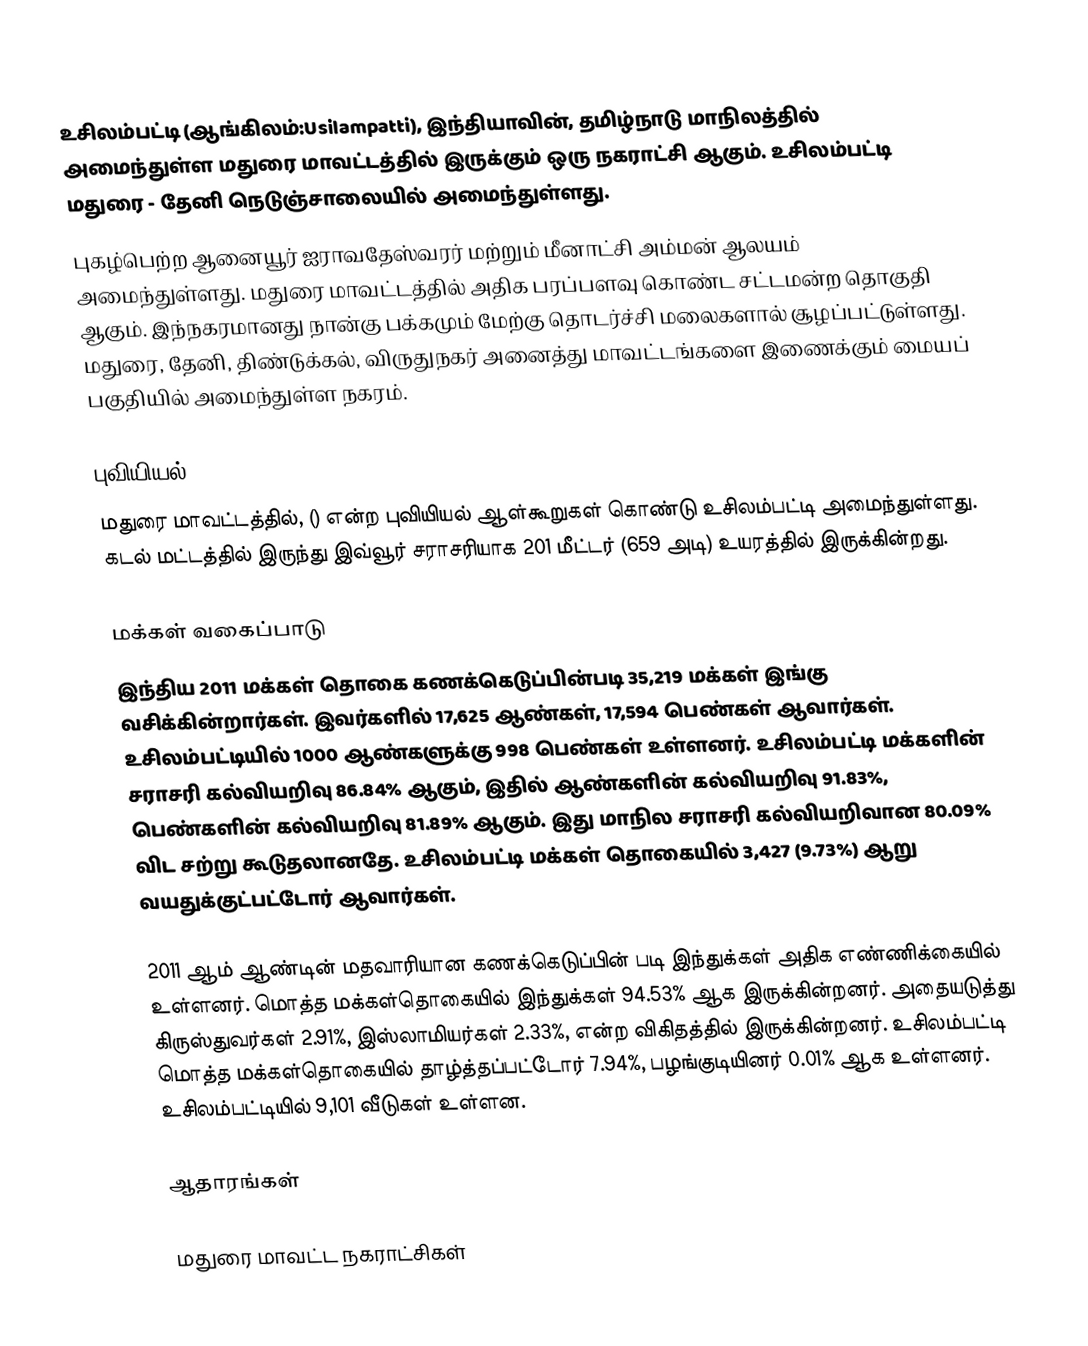
உசிலம்பட்டி (ஆங்கிலம்:Usilampatti), இந்தியாவின், தமிழ்நாடு மாநிலத்தில் அமைந்துள்ள மதுரை மாவட்டத்தில் இருக்கும் ஒரு நகராட்சி ஆகும். உசிலம்பட்டி மதுரை - தேனி நெடுஞ்சாலையில் அமைந்துள்ளது.
புகழ்பெற்ற ஆனையூர் ஐராவதேஸ்வரர் மற்றும் மீனாட்சி அம்மன் ஆலயம் அமைந்துள்ளது. மதுரை மாவட்டத்தில் அதிக பரப்பளவு கொண்ட சட்டமன்ற தொகுதி ஆகும். இந்நகரமானது நான்கு பக்கமும் மேற்கு தொடர்ச்சி மலைகளால் சூழப்பட்டுள்ளது. மதுரை, தேனி, திண்டுக்கல், விருதுநகர் அனைத்து மாவட்டங்களை இணைக்கும் மையப் பகுதியில் அமைந்துள்ள நகரம்.

புவியியல்
மதுரை மாவட்டத்தில், () என்ற புவியியல் ஆள்கூறுகள் கொண்டு உசிலம்பட்டி அமைந்துள்ளது. கடல் மட்டத்தில் இருந்து இவ்வூர் சராசரியாக 201 மீட்டர் (659 அடி) உயரத்தில் இருக்கின்றது.

மக்கள் வகைப்பாடு
இந்திய 2011 மக்கள் தொகை கணக்கெடுப்பின்படி 35,219 மக்கள் இங்கு வசிக்கின்றார்கள். இவர்களில் 17,625 ஆண்கள், 17,594 பெண்கள் ஆவார்கள். உசிலம்பட்டியில் 1000 ஆண்களுக்கு 998 பெண்கள் உள்ளனர். உசிலம்பட்டி மக்களின் சராசரி கல்வியறிவு 86.84% ஆகும், இதில் ஆண்களின் கல்வியறிவு 91.83%, பெண்களின் கல்வியறிவு 81.89% ஆகும். இது மாநில சராசரி கல்வியறிவான 80.09% விட சற்று கூடுதலானதே. உசிலம்பட்டி மக்கள் தொகையில் 3,427 (9.73%) ஆறு வயதுக்குட்பட்டோர் ஆவார்கள்.

2011 ஆம் ஆண்டின் மதவாரியான கணக்கெடுப்பின் படி இந்துக்கள் அதிக எண்ணிக்கையில் உள்ளனர். மொத்த மக்கள்தொகையில் இந்துக்கள் 94.53% ஆக இருக்கின்றனர். அதையடுத்து கிருஸ்துவர்கள் 2.91%, இஸ்லாமியர்கள் 2.33%, என்ற விகிதத்தில் இருக்கின்றனர். உசிலம்பட்டி மொத்த மக்கள்தொகையில் தாழ்த்தப்பட்டோர் 7.94%, பழங்குடியினர் 0.01% ஆக உள்ளனர். உசிலம்பட்டியில் 9,101 வீடுகள் உள்ளன.

ஆதாரங்கள்

மதுரை மாவட்ட நகராட்சிகள்